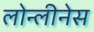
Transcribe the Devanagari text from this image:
लोन्लीनेस